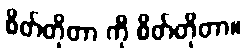
စိတ်တိုတာ ကို စိတ်တိုတာ။